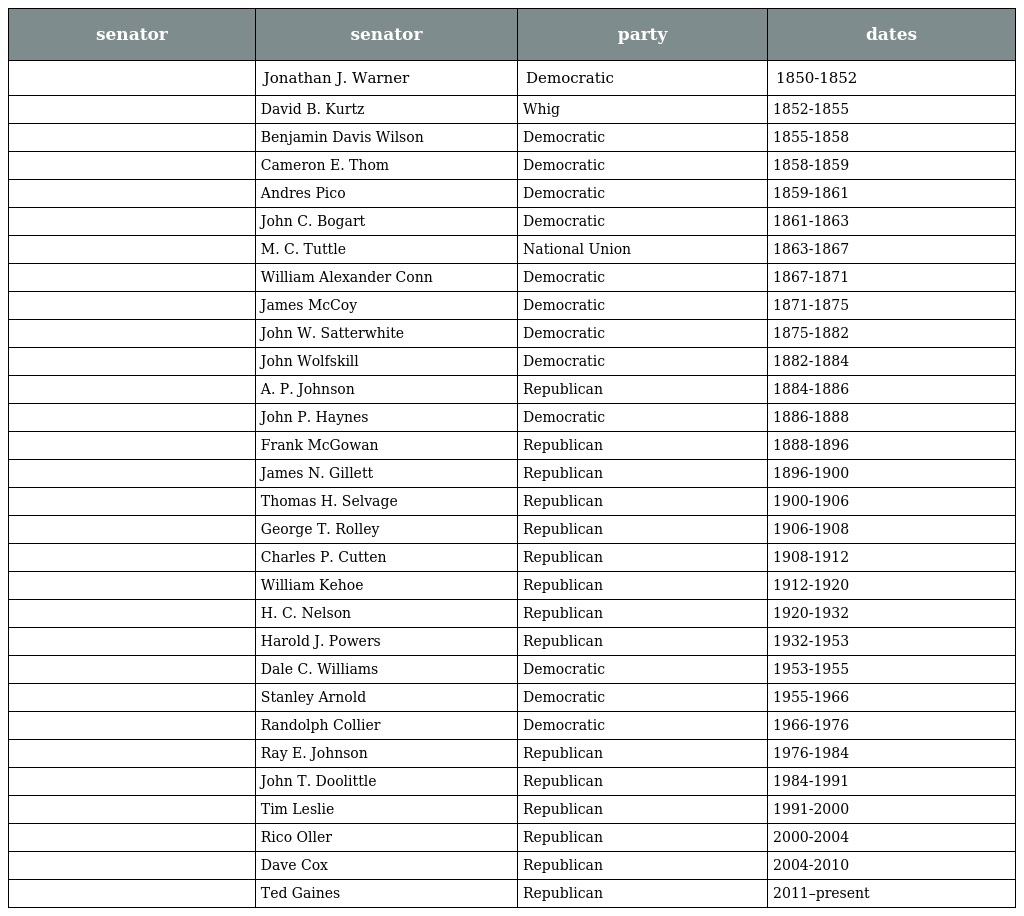
| senator | senator | party | dates |
 | --- | --- | --- | --- |
 |  | Jonathan J. Warner | Democratic | 1850-1852 |
 |  | David B. Kurtz | Whig | 1852-1855 |
 |  | Benjamin Davis Wilson | Democratic | 1855-1858 |
 |  | Cameron E. Thom | Democratic | 1858-1859 |
 |  | Andres Pico | Democratic | 1859-1861 |
 |  | John C. Bogart | Democratic | 1861-1863 |
 |  | M. C. Tuttle | National Union | 1863-1867 |
 |  | William Alexander Conn | Democratic | 1867-1871 |
 |  | James McCoy | Democratic | 1871-1875 |
 |  | John W. Satterwhite | Democratic | 1875-1882 |
 |  | John Wolfskill | Democratic | 1882-1884 |
 |  | A. P. Johnson | Republican | 1884-1886 |
 |  | John P. Haynes | Democratic | 1886-1888 |
 |  | Frank McGowan | Republican | 1888-1896 |
 |  | James N. Gillett | Republican | 1896-1900 |
 |  | Thomas H. Selvage | Republican | 1900-1906 |
 |  | George T. Rolley | Republican | 1906-1908 |
 |  | Charles P. Cutten | Republican | 1908-1912 |
 |  | William Kehoe | Republican | 1912-1920 |
 |  | H. C. Nelson | Republican | 1920-1932 |
 |  | Harold J. Powers | Republican | 1932-1953 |
 |  | Dale C. Williams | Democratic | 1953-1955 |
 |  | Stanley Arnold | Democratic | 1955-1966 |
 |  | Randolph Collier | Democratic | 1966-1976 |
 |  | Ray E. Johnson | Republican | 1976-1984 |
 |  | John T. Doolittle | Republican | 1984-1991 |
 |  | Tim Leslie | Republican | 1991-2000 |
 |  | Rico Oller | Republican | 2000-2004 |
 |  | Dave Cox | Republican | 2004-2010 |
 |  | Ted Gaines | Republican | 2011–present |